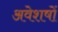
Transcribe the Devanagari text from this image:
अवेशषों